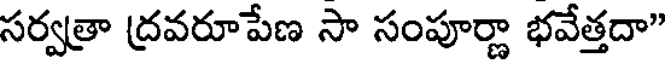
సర్వత్రా ద్రవరూపేణ సా సంపూర్ణా భవేత్తదా"